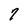
Character: 7